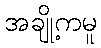
အချို့ကမူ